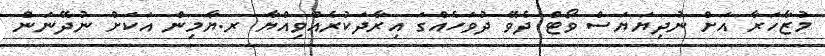
މުޒާހަރާ އަށް ނުދިޔަޔަސް ވޯޓް ދެވޭ ދުވަހެއްގަ އިރާދަކުރެއްވިއްޔާ ރ.ޔާމިން އަކަށް ނުދޭނަން